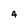
Character: 4